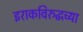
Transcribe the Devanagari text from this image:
इराकविरुद्धच्या